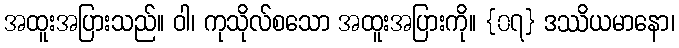
အထူးအပြားသည်။ ဝါ၊ ကုသိုလ်စသော အထူးအပြားကို။ {၀၇} ဒဿိယမာနော၊